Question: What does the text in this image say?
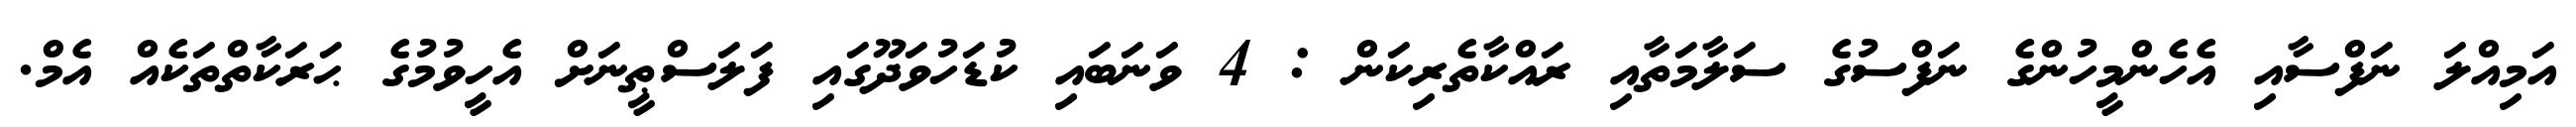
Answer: އަމިއްލަ ނަފްސާއި އެހެންމީހުންގެ ނަފްސުގެ ސަލާމަތާއި ރައްކާތެރިކަން : 4 ވަނަބައި ކުޑަހުވަދޫގައި ފަލަސްޠީނަށް އެހީވުމުގެ ޙަރަކާތްތަކެއް އެމް.